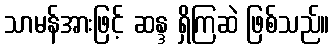
သာမန်အားဖြင့် ဆန္ဒ ရှိကြဆဲ ဖြစ်သည်။